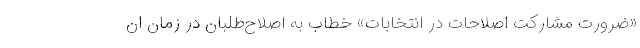
«ضرورت مشارکت اصلاحات در انتخابات» خطاب به اصلاح‌طلبان در زمان ان